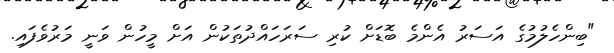
"ބިންހެލުމުގެ އަސަރު އެންމެ ބޮޑަށް ކުރި ސަރަހައްދުތަކުން އަށް މީހުން ވަނީ މަރުވެފައި.